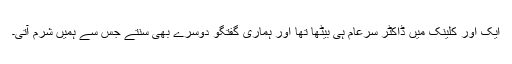
ایک اور کلینک میں ڈاکٹر سرعام ہی بیٹھا تھا اور ہماری گفتگو دوسرے بھی سنتے جس سے ہمیں شرم آتی۔